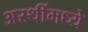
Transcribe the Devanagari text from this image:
अस्थींमध्ये